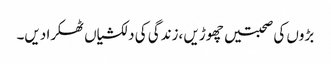
بڑوں کی صحبتیں چھوڑیں ،زندگی کی دلکشیاں ٹھکرا دیں۔